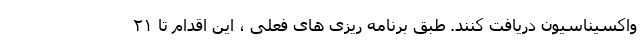
واکسیناسیون دریافت کنند. طبق برنامه ریزی های فعلی ، این اقدام تا ۲۱